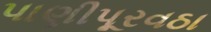
પાણીપૂરવઠા